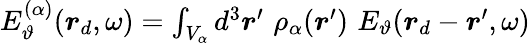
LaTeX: \begin{array}{r}{E_{\vartheta}^{(\alpha)}(\boldsymbol{r}_{d},\omega)=\int_{V_{\alpha}}d^{3}\boldsymbol{r}^{\prime}\, \, \rho_{\alpha}(\boldsymbol{r}^{\prime})\, \, E_{\vartheta}(\boldsymbol{r}_{d}-\boldsymbol{r}^{\prime},\omega)}\end{array}